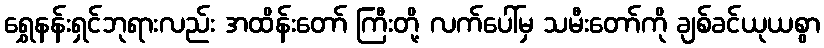
ရွှေနန်းရှင်ဘုရားလည်း အထိန်းတော် ကြီးတို့ လက်ပေါ်မှ သမီးတော်ကို ချစ်ခင်ယုယစွာ